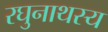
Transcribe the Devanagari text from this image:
रघुनाथस्य